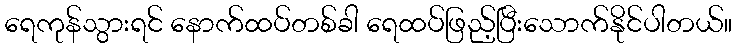
ရေကုန်သွားရင် နောက်ထပ်တစ်ခါ ရေထပ်ဖြည့်ပြီးသောက်နိုင်ပါတယ်။